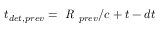
t _ { d e t , p r e v } = \textit { R } _ { p r e v } / c + t - d t